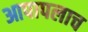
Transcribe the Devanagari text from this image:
आपापलाच